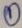
Text: 1